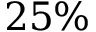
2 5 \%